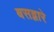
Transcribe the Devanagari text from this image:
बसद्वारे